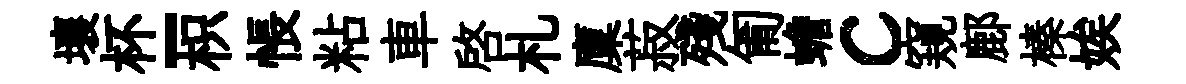
壤杯-枳悵粘車啓札廩菽殘匍蟾c窺鄜榛娭